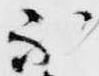
不